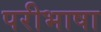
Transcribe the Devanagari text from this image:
परीभाषा